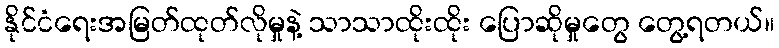
နိုင်ငံရေးအမြတ်ထုတ်လိုမှုနဲ့ သာသာထိုးထိုး ပြောဆိုမှုတွေ တွေ့ရတယ်။